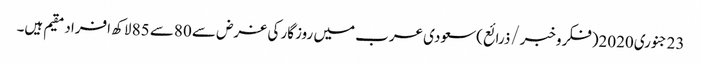
23جنوری2020(فکروخبر/ذرائع)سعودی عرب میں روزگار کی غرض سے 80سے 85 لاکھ افراد مقیم ہیں۔